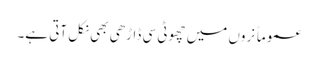
عموماً نروں میں چھوٹی سی ڈاڑھی بھی نکل آتی ہے۔